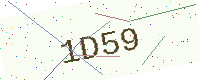
Text: 1D59